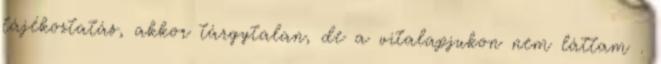
tájékoztatás, akkor tárgytalan, de a vitalapjukon nem láttam .